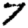
Digit: 7